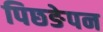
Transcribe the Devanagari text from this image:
पिछङेपन